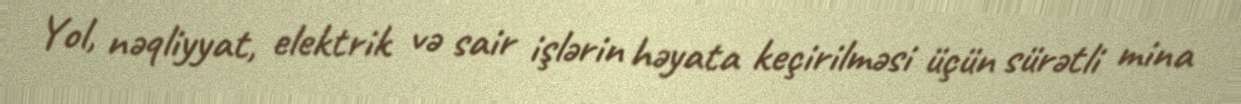
Yol, nəqliyyat, elektrik və sair işlərin həyata keçirilməsi üçün sürətli mina